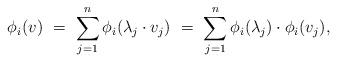
LaTeX: \begin{align*}\phi_i(v) \ =\ \sum_{j= 1}^n\phi_i(\lambda_j \cdot v_j)\ =\ \sum_{j= 1}^n\phi_i(\lambda_j)\cdot \phi_i(v_j),\end{align*}